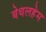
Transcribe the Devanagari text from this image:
बेथलहेम